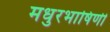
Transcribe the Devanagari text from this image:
मधुरभाषिणी